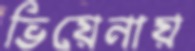
ভিয়েনায়